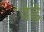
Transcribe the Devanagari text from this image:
वेढे